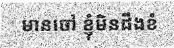
មានចៅ ខ្ញុំមិនដឹងខំ